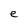
Character: e